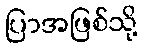
ပြာအဖြစ်သို့